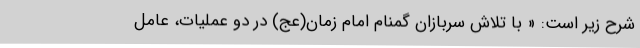
شرح زیر است: « با تلاش سربازان گمنام امام زمان(عج) در دو عملیات، عامل